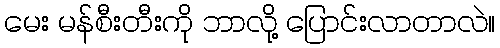
မေး မန်စီးတီးကို ဘာလို့ ပြောင်းလာတာလဲ။